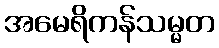
အမေရိကန်သမ္မတ